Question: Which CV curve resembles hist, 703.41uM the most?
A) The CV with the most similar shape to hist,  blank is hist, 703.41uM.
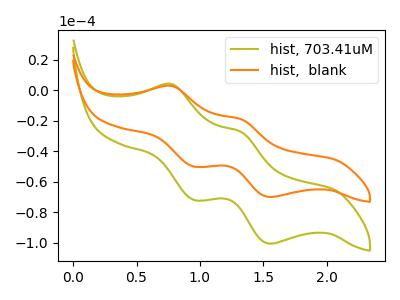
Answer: <think>The olive curve "hist, 703.41uM" has anodic peaks at (0.80V, 4.05uA) (1.35V, -27.35uA) and cathodic peaks at (0.95V, -72.00uA) (1.55V, -100.60uA). The orange curve "hist,  blank" has anodic peaks at (0.80V, 2.85uA) (1.35V, -19.00uA) and cathodic peaks at (0.95V, -50.05uA) (1.55V, -70.00uA).
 All the peaks in "hist, 703.41uM" have a peak in "hist,  blank" at the same potential.</think>
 <answer>A) The CV with the most similar shape to "hist,  blank" is "hist, 703.41uM".</answer>
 <eval>A</eval>